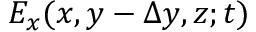
E _ { x } ( x , y - \Delta y , z ; t )